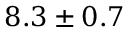
8 . 3 \pm 0 . 7